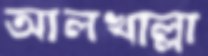
আলখাল্লা